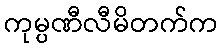
ကုမ္ပဏီလီမိတက်က